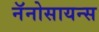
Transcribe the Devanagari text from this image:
नॅनोसायन्स